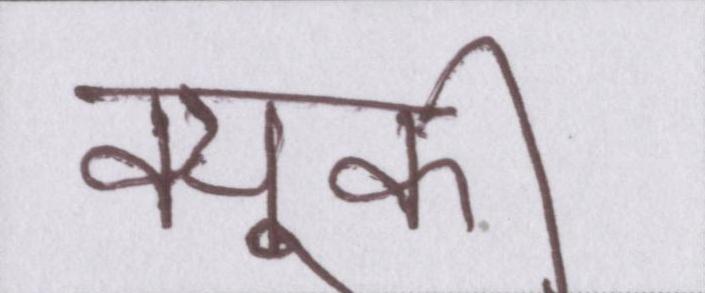
क्युकी